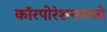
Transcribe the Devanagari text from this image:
कॉरपोरेशनमध्ये